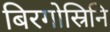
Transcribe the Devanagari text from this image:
बिरगोस्रिनि